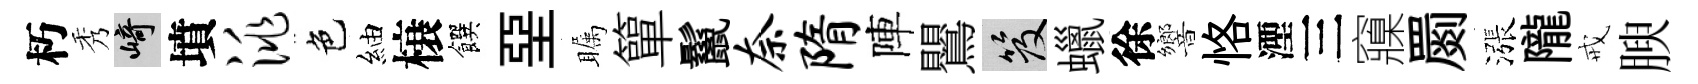
朽秀崎墳洮色紬榱饌堊瞩簞鬣奈隋陣鸎笈蠟徐響恪湮三䆿罽漲隴戒腴